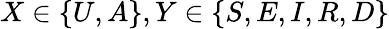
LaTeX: X\in\{ U,A\} ,Y\in\{ S,E,I,R,D\}